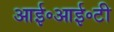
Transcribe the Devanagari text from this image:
आई॰आई॰टी